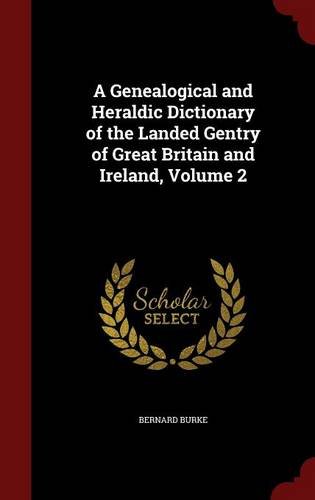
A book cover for A Genealogical and Heraldic Dictionary of the Landed Gentry of Great Britain and Ireland, Volume 2; Bernard Burke; Biographies & Memoirs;